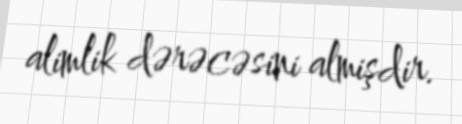
alimlik dərəcəsini almişdir.